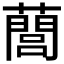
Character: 䕡